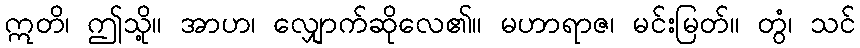
ဣတိ၊ ဤသို့။ အာဟ၊ လျှောက်ဆိုလေ၏။ မဟာရာဇ၊ မင်းမြတ်။ တွံ၊ သင်